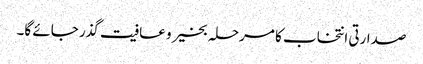
صدارتی انتخاب کا مرحلہ بخیر و عافیت گذر جائے گا۔